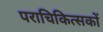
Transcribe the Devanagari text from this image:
पराचिकित्सकों